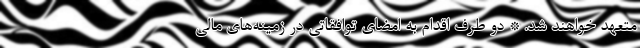
متعهد خواهند شد. * دو طرف اقدام به امضای توافقاتی در زمینه‌های مالی